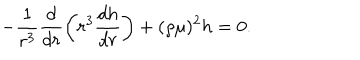
LaTeX: - \frac { 1 } { r ^ { 3 } } \frac { d } { d r } \left( r ^ { 3 } \frac { d h } { d r } \right) + ( \rho \mu ) ^ { 2 } h = 0 .